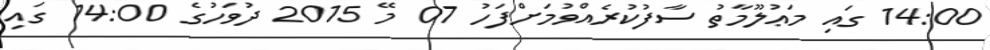
14:00 ގައި މަޢުލޫމާތު ސާފުކުރެއްވުމަށްފަހު 07 މޭ 2015 ދުވަހުގެ 14:00 ގައި